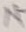
Text: N